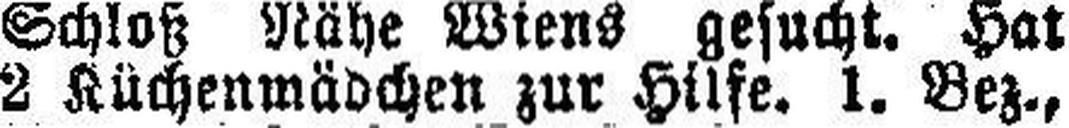
2 Küchenmädchen zur Hilfe. 1. Bez.,